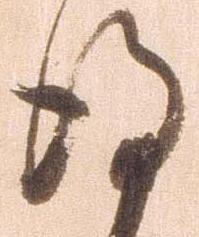
得